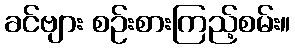
ခင်ဗျား စဉ်းစားကြည့်စမ်း။